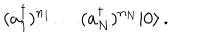
LaTeX: ( a _ { 1 } ^ { \dagger } ) ^ { n _ { 1 } } \ldots ( a _ { N } ^ { \dagger } ) ^ { n _ { N } } | 0 \rangle \, .